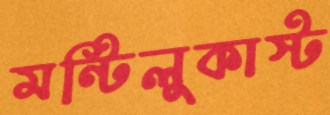
মন্টিলুকাস্ট